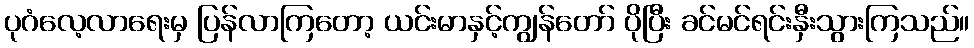
ပုဂံလေ့လာရေးမှ ပြန်လာကြတော့ ယင်းမာနှင့်ကျွန်တော် ပိုပြီး ခင်မင်ရင်းနှီးသွားကြသည်။